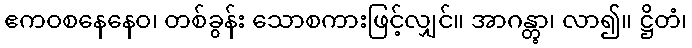
ဧကဝစနေနေဝ၊ တစ်ခွန်း သောစကားဖြင့်လျှင်။ အာဂန္တွာ၊ လာ၍။ ဋ္ဌိတံ၊